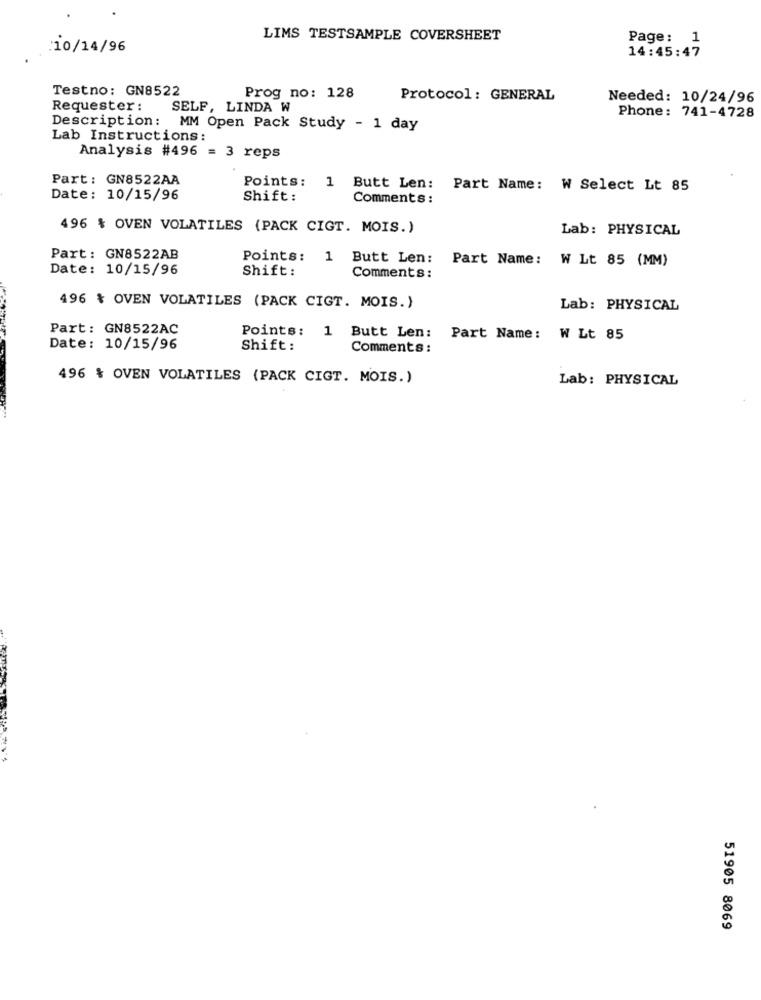
LIMS TESTSAMPLE COVERSHEET
Page: 1
:10/14/96
14:45:47
Testno: GN8522
Prog no: 128
Protocol: GENERAL
Needed: 10/24/96
Requester :
SELF, LINDA W
Phone: 741-4728
Description: MM Open Pack Study - 1 day
Lab Instructions:
Analysis #496 = 3 reps
Part: GN8522AA
Points:
1 Butt Len:
Part Name: W Select Lt 85
Date: 10/15/96
Shift :
Comments :
496 % OVEN VOLATILES (PACK CIGT. MOIS.)
Lab: PHYSICAL
Part: GN8522AB
Points: 1 Butt Len:
Part Name: W Lt 85 (MM)
Date: 10/15/96
Shift:
Comments :
496 % OVEN VOLATILES (PACK CIGT. MOIS.)
Lab: PHYSICAL
Part: GN8522AC
Points: 1 Butt Len:
Part Name: W Lt 85
Date: 10/15/96
Shift :
Comments :
496 % OVEN VOLATILES (PACK CIGT. MOIS.)
Lab: PHYSICAL
51905 8069